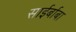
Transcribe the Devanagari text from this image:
साईर्बाबा